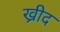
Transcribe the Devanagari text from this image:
ख्रीद